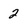
Character: 2